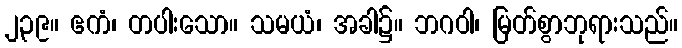
၂၃၉။ ဧကံ၊ တပါးသော။ သမယံ၊ အခါ၌။ ဘဂဝါ၊ မြတ်စွာဘုရားသည်။